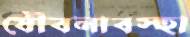
যৌবনাবস্হা